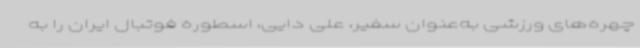
چهره‌های ورزشی به‌عنوان سفیر، علی دایی، اسطوره فوتبال ایران را به